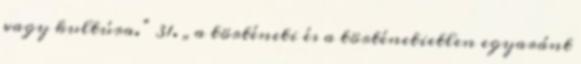
vagy kultúra.” 31. „a történeti és a történetietlen egyaránt